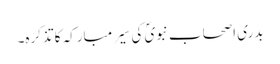
بدری اصحاب نبویؐ کی سِیرِ مبارکہ کا تذکرہ۔